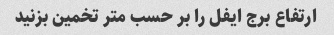
ارتفاع برج ایفل را بر حسب متر تخمین بزنید